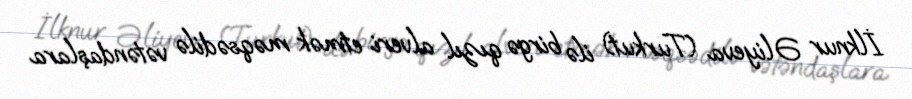
İlknur Əliyeva (Turkut) ilə birgə qızıl alveri etmək məqsədilə vətəndaşlara